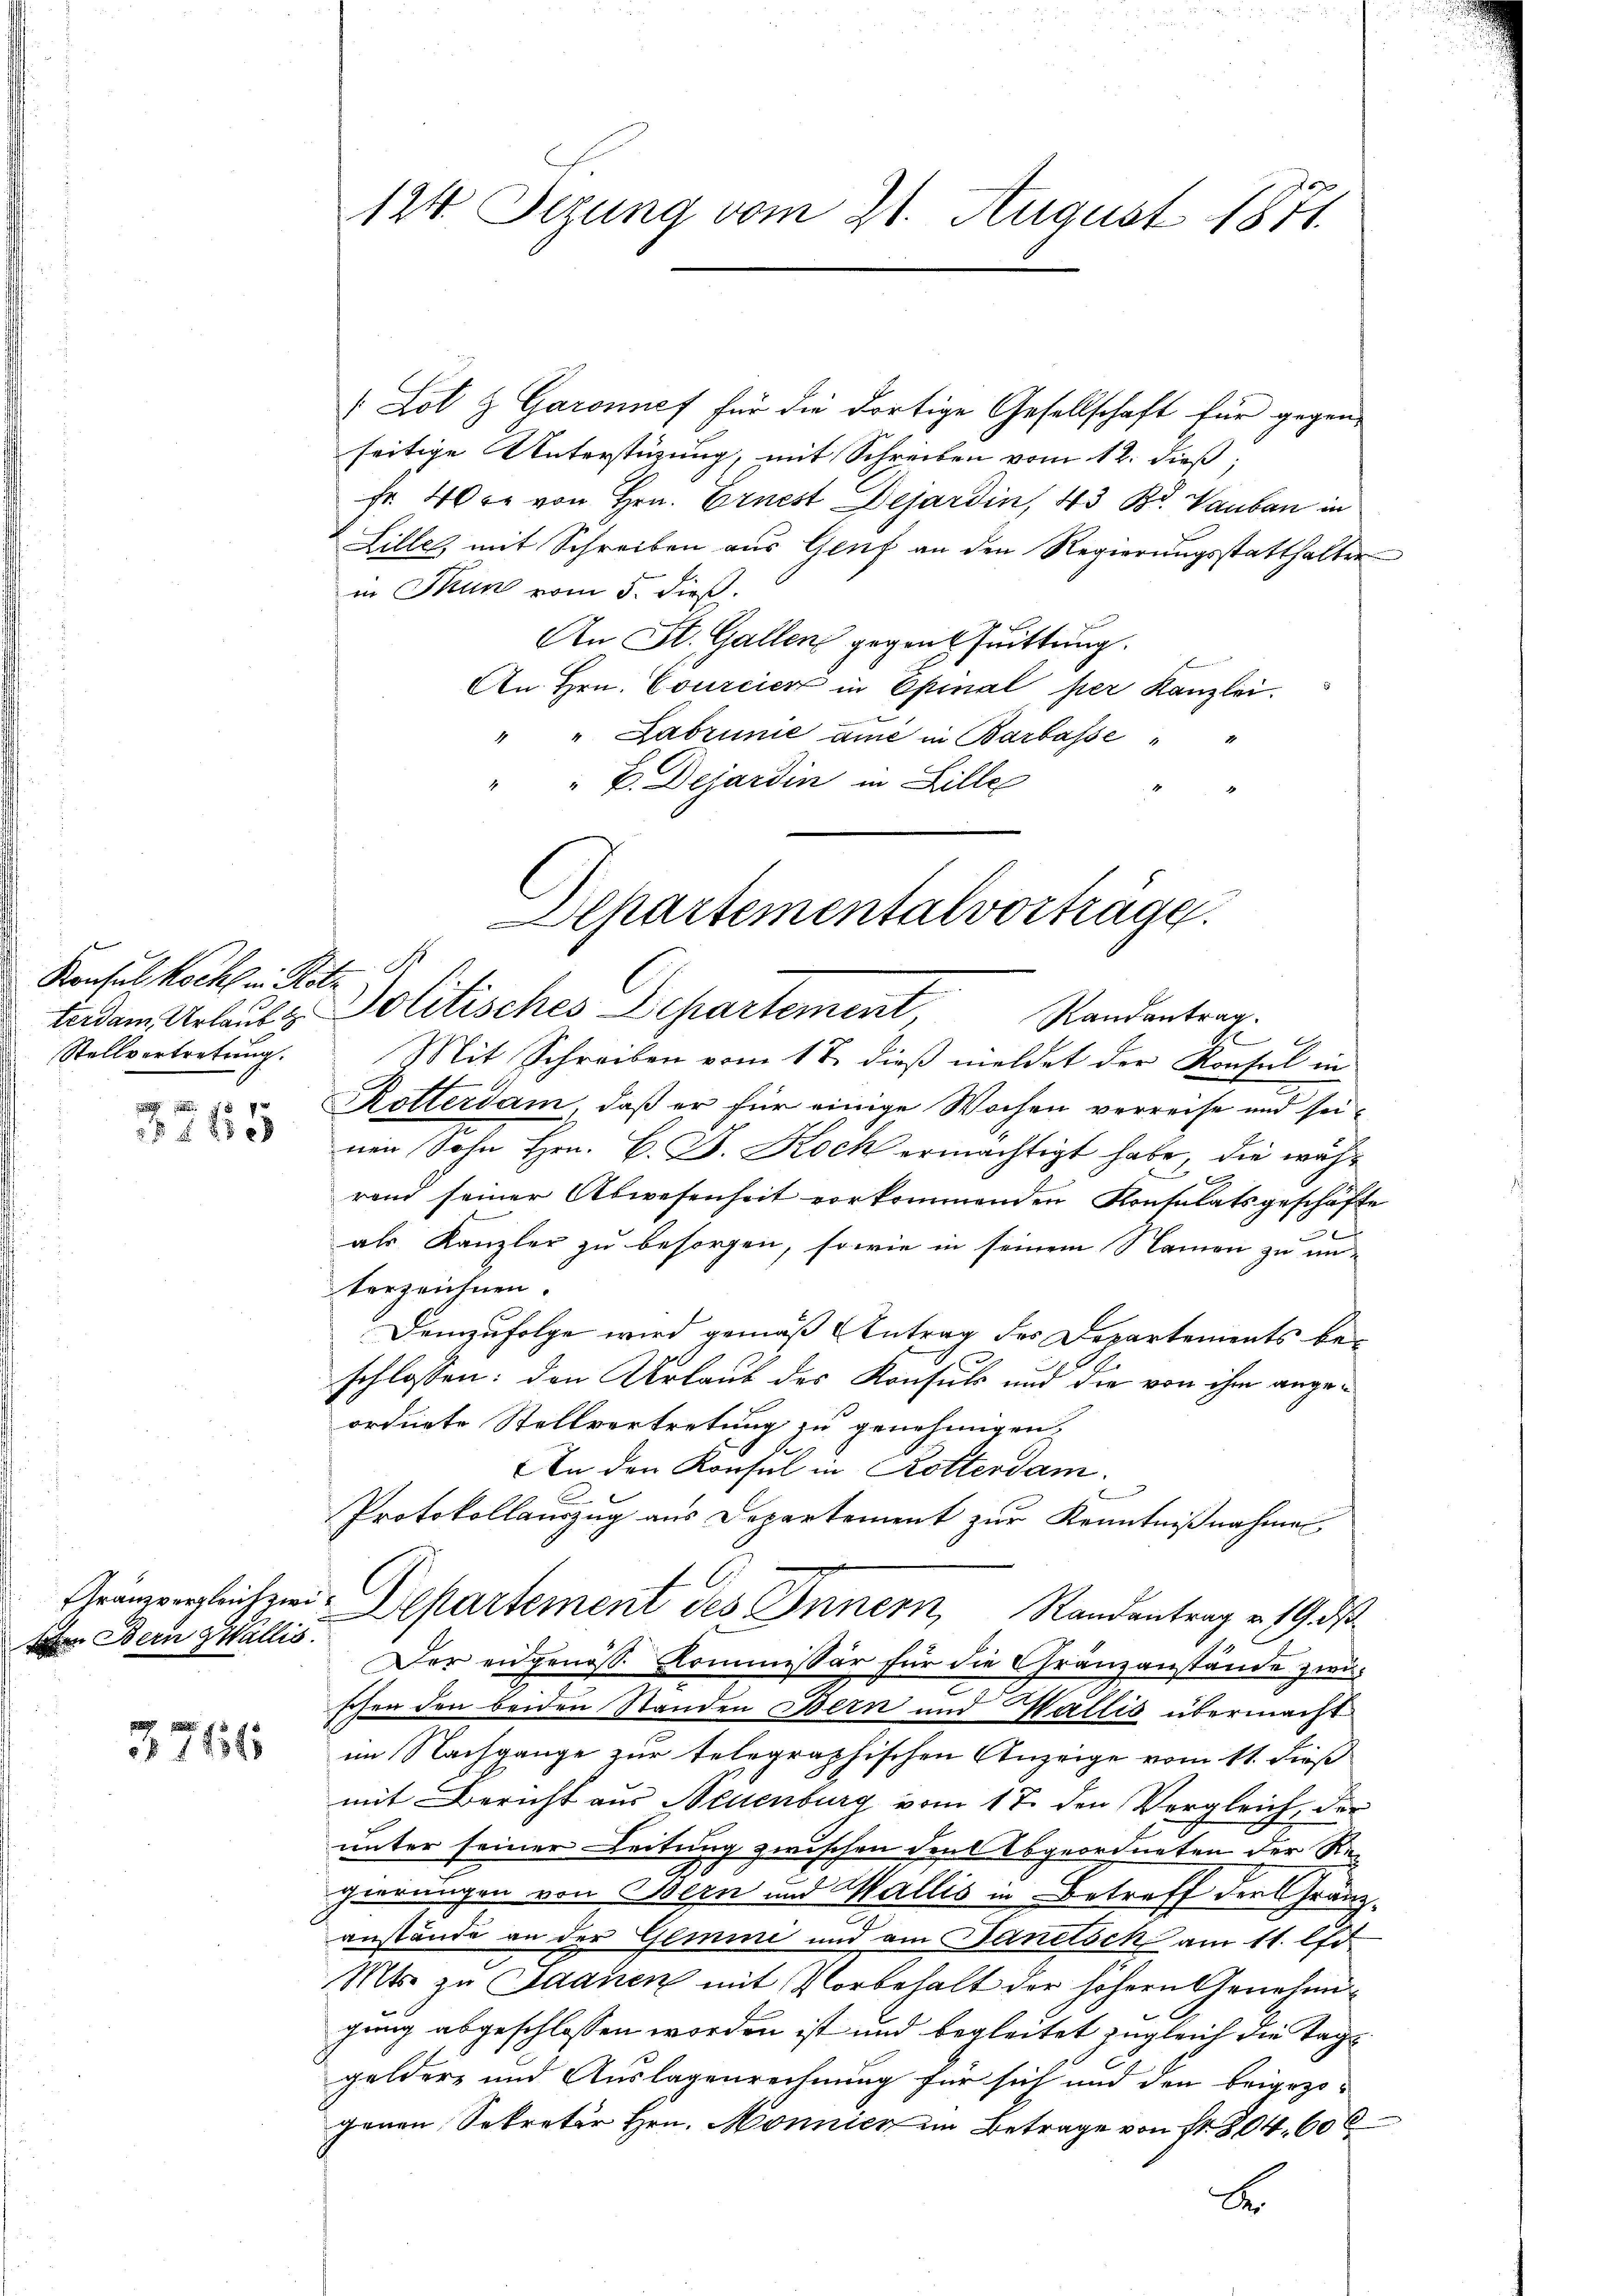
Konsul Koch in Holterdam, Urlaub z
Stellvertretung.

f 8 x

Aen Bern Wallis.

3711

124. Sizung vom 21. August 1871.

Lot & Garonnef für die dortige Gesellschaft für gegenseitige Unterstüzung, mit Schreiben vom 12. dieß,
Fr. 40 kr von Hrn. Ernest Dejardin, 43 Bd. Vauban in
Lille, mit Schreiben aus Genf an den Regierungsstatthalter
in Thun vom 5. dieß.
An St. Gallen gegenthuittung.
An Hrn. Courcier in Epinal per Kanzlei.
" " Dabrunie die in Barbasse
"" V. Dejardin in Bille
Rotterdam, daß er für einige Wochen verreise und seiner Sohn Hrn. B. J. Koch ermächtigt habe, die wäh¬
C.
rand seiner Abwesenheit vorkommenden Konsulatsgeschäfte
3
als Kanzler zu besorgen, sowie in seinem Namen zu unterzeichnen.
Demzufolge wird gemäß Antrag des Departements beschlossen: den Urlaub des Konsuls und die von ihm angeordnete Stellvertretung zu genehmigen,
An den Konsul in Rotterdam.
Protokollauszug aus Departement zur Kenntnißnahme
Grämergleichzeit Departement des Innern, Randantrag v. 19. ds
Der angenöß. Kommissär für die Gränzanstände zwischen den beiden Standen Bern und Wallis übermacht
im Nachgange zur telegraphischen Anzeige vom 11. dieß
mit Bericht aus Neuenburg vom 17. den Vergleich, der
unter seiner Leitung zwischen Seel Abgeordneten der Regierungen von Bern und Wallis in Betreff der Gränzanstände an der Gemini und am Sanitsch am 11. Apr
Mts. zu Saanen mit Vorbehalt der höhern Genehmigung abgeschlossen worden ist und begleitet zugleich die Taggeldere und Auslagenrechnung für sich und den beigezo-
genen Sekretär Hrn. Monnier im Betrage von Fr. 804, 606
B

Aepartementalvorträge.
Politisches Departement Randantrag.
E
Mit Schreiben vom 17. dieß meldet der Konsul in